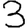
Digit: 3